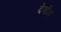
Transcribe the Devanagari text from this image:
देवोन